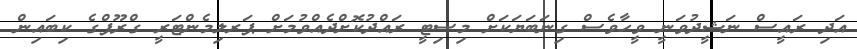
އަދި ރައީސް ނަޝީދުވަނީ ވީހާވެސް ގިނަބަޔަކަށް މިސިޓީ ރައްދުކޮށްދެއްވުމަށް ޕަރލިމެންޓަރީ ގްރޫޕްގެ ކިބައިން